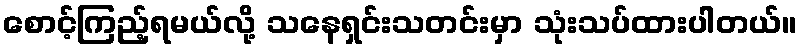
စောင့်ကြည့်ရမယ်လို့ သနေရှင်းသတင်းမှာ သုံးသပ်ထားပါတယ်။